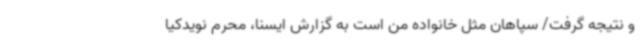
و نتیجه گرفت/ سپاهان مثل خانواده من است به گزارش ایسنا، محرم نویدکیا